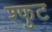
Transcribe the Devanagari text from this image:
श्फुट